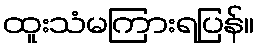
ထူးသံမကြားရပြန်။